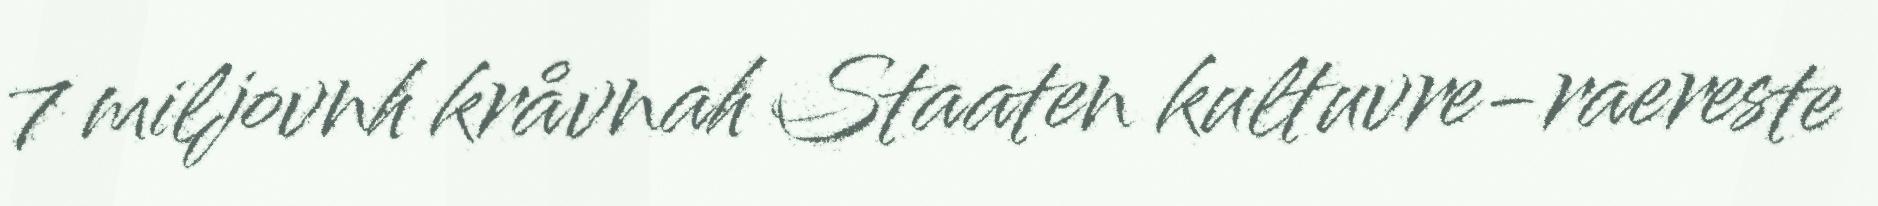
7 miljovnh kråvnah Staaten kultuvre-raereste